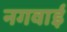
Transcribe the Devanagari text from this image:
नगवाई